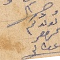
لولدكم كروجر عطالله